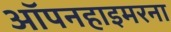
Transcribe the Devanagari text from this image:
ऑपनहाइमरना